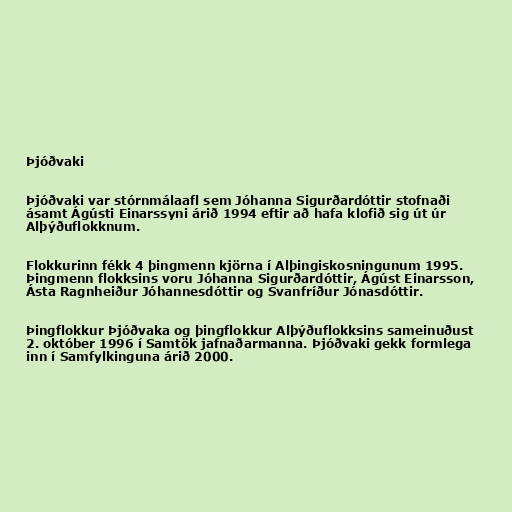
Þjóðvaki

Þjóðvaki var stórnmálaafl sem Jóhanna Sigurðardóttir stofnaði
ásamt Ágústi Einarssyni árið 1994 eftir að hafa klofið sig út úr
Alþýðuflokknum.

Flokkurinn fékk 4 þingmenn kjörna í Alþingiskosningunum 1995.
Þingmenn flokksins voru Jóhanna Sigurðardóttir, Ágúst Einarsson,
Ásta Ragnheiður Jóhannesdóttir og Svanfríður Jónasdóttir.

Þingflokkur Þjóðvaka og þingflokkur Alþýðuflokksins sameinuðust
2. október 1996 í Samtök jafnaðarmanna. Þjóðvaki gekk formlega
inn í Samfylkinguna árið 2000.